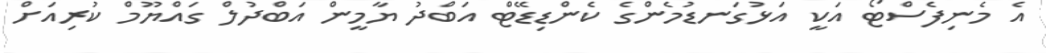
އެ މެނިފެސްޓޯ އަކީ އަޅުގަނޑުމެންގެ ކެންޑިޑޭޓް އަބްދު ޔާމީން އަބްދުލް ގައްޔޫމް ކުރިއަށް